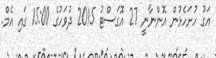
އަގު ހުށަހެޅުން އޮންނާނީ 27 އޮގަސްޓު 2015 ދުވަހުގެ 15:00 ގައި އެމް.